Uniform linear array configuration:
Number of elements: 24
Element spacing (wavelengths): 0.75
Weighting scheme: cosine
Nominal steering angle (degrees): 45
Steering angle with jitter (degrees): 45.748
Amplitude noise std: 0.05
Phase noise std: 0.05

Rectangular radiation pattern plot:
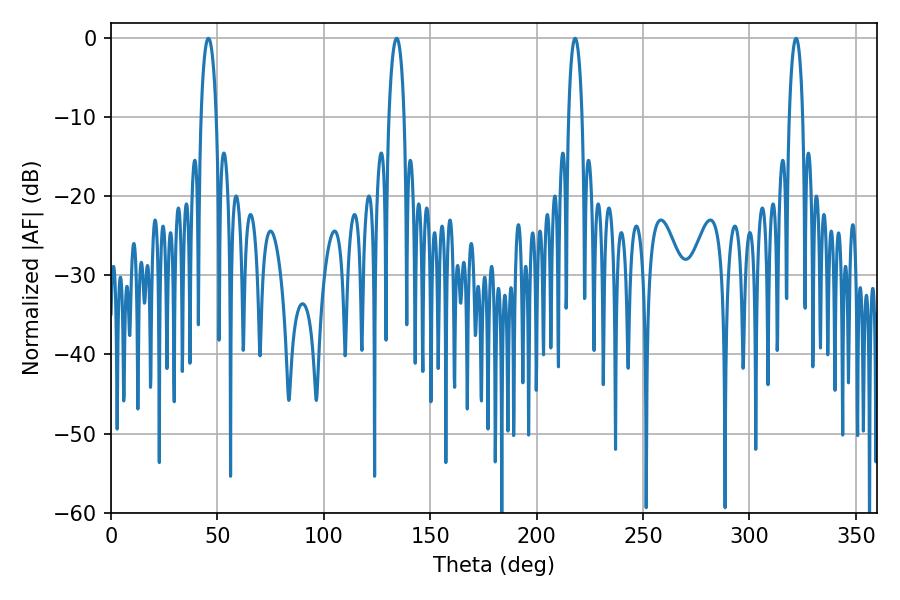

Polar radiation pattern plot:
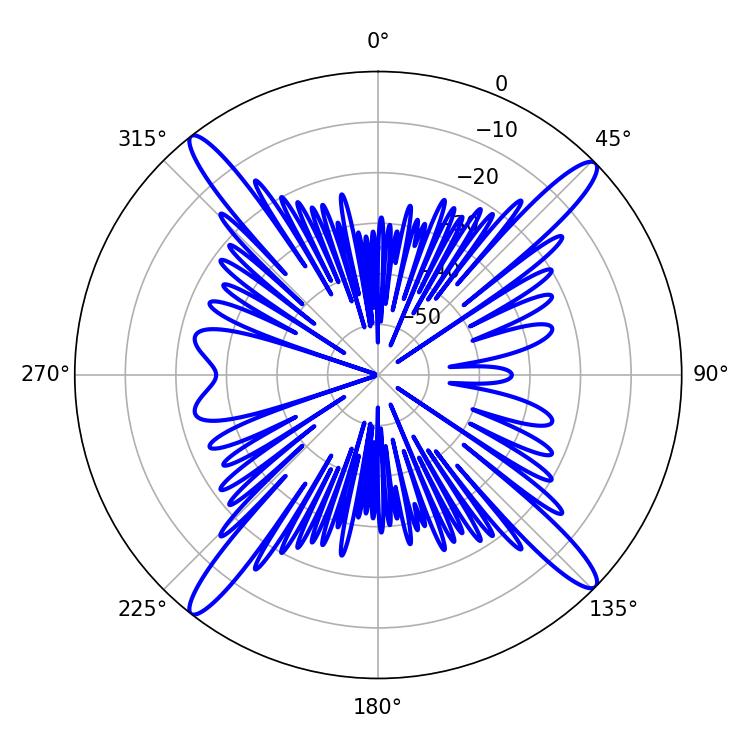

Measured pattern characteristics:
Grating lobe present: TRUE
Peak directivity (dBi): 18.897
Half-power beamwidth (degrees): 4.14
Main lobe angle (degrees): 45.72